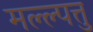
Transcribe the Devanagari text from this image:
मल्ल्पत्तु